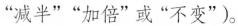
”减半””加倍”或”不变”)。